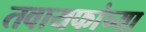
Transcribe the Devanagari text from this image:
तवायफांच्या